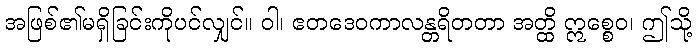
အဖြစ်၏မရှိခြင်းကိုပင်လျှင်။ ဝါ၊ ဧတဒေဝကာလန္တရိတတာ အတ္ထိ ဣစ္စေဝ၊ ဤသို့